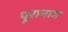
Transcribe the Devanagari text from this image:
पूरानाम